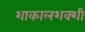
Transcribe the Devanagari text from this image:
शाकालशक्शी